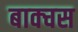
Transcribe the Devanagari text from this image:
बाक्चस